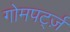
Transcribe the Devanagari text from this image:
गोमपर्ट्ज़